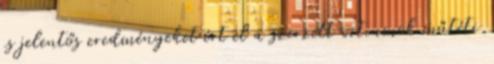
is jelentős eredményeket ért el a szerzett vitiumok műtéti